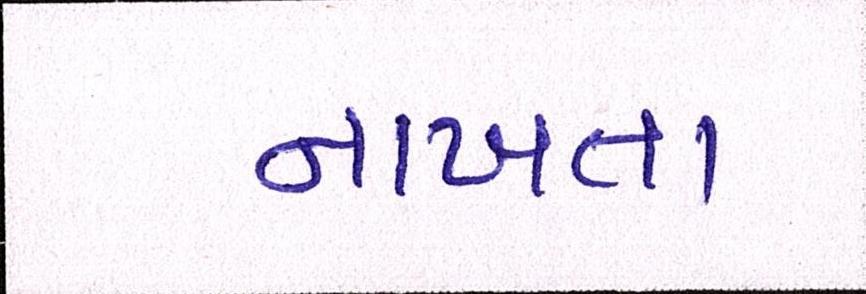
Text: નાખતા